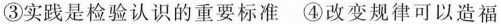
③实践是检验认识的重要标准④改变规律可以造福